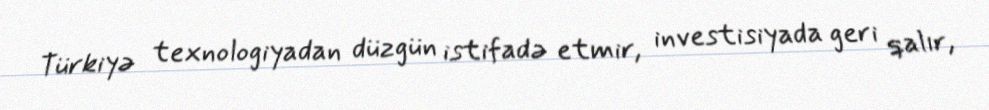
Türkiyə texnologiyadan düzgün istifadə etmir, investisiyada geri qalır,